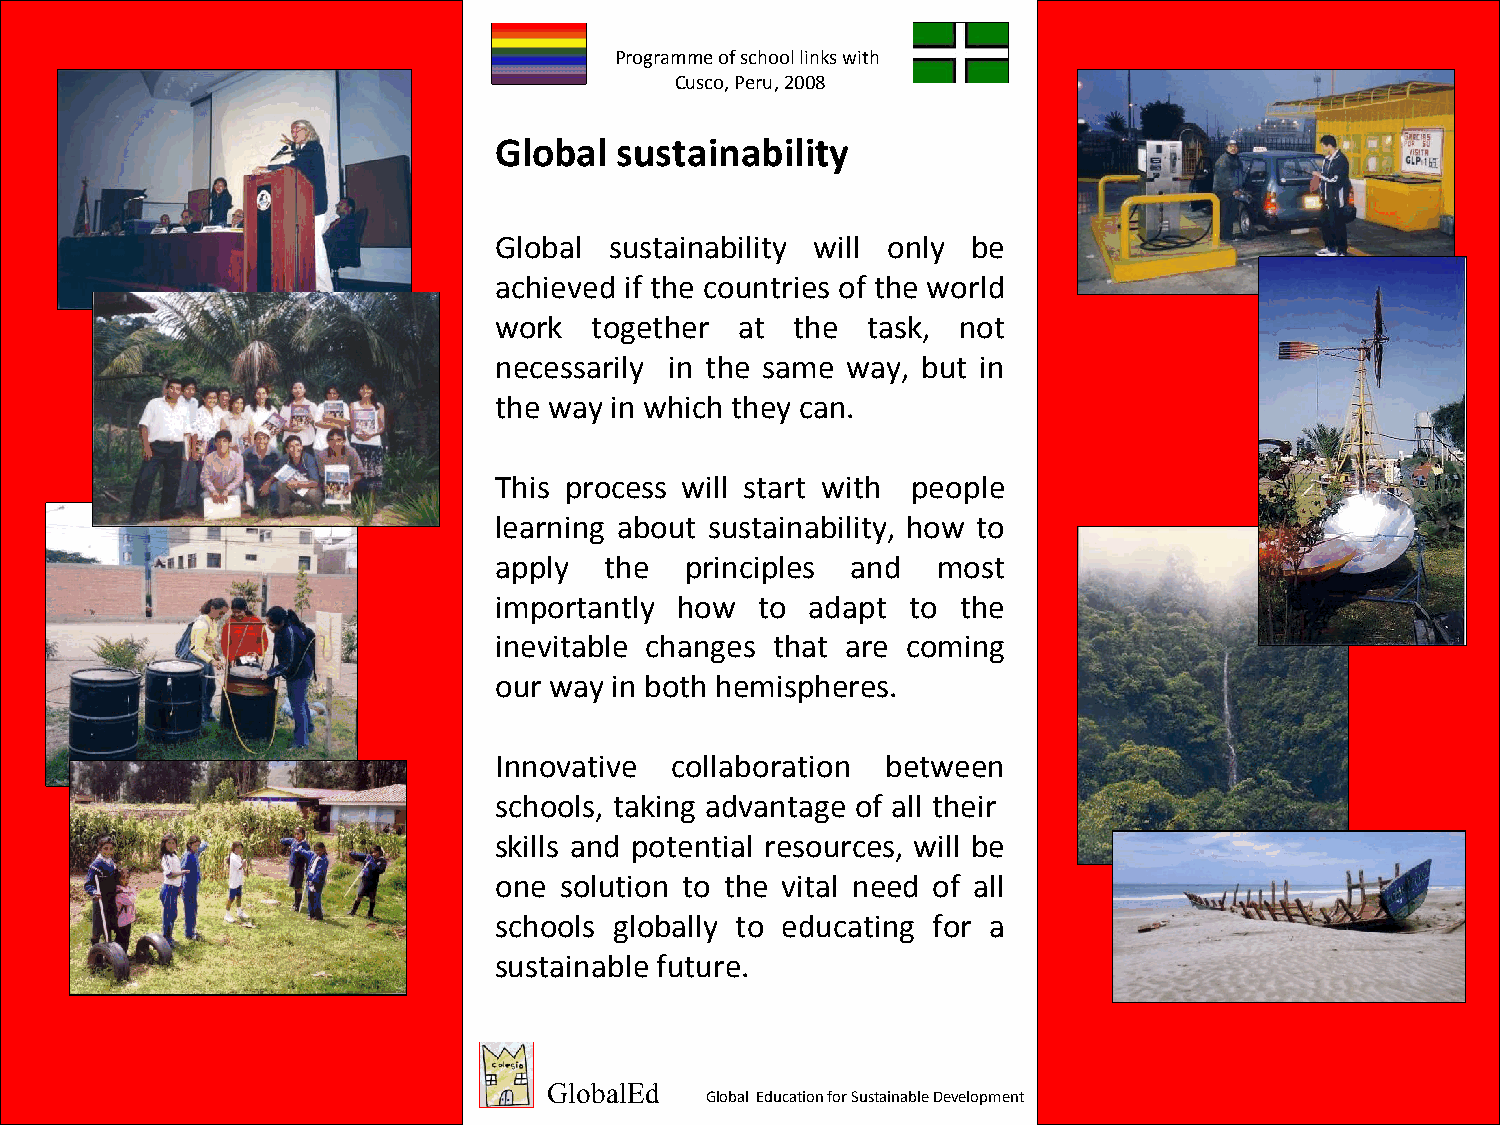
Programme of school links with
 Cusco, Peru, 2008
 Global  sustainability
 Global sustainability will only be
 achieved if the countries of the world
 work  together  at  the task, not
 necessarily in the same way, but in
 the way in which they can.
 This process will start with people
 learning about sustainability, how to
 apply  the  principles and   most
 importantly how  to  adapt to  the
 inevitable changes that are coming
 our way in both hemispheres.
 Innovative collaboration  between
 schools, taking advantage of all their
 skills and potential resources, will be
 one solution to the vital need of all
 schools globally to educating for a
 sustainable future.
 GlobalEd
 Global Education for Sustainable Development